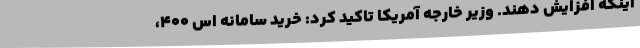
اینکه افزایش دهند. وزیر خارجه آمریکا تاکید کرد: خرید سامانه اس ۴۰۰،